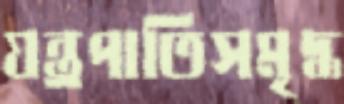
যন্ত্রপাতিসমৃদ্ধ